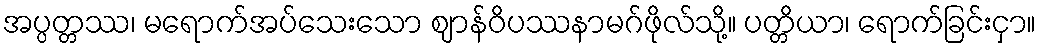
အပ္ပတ္တဿ၊ မရောက်အပ်သေးသော ဈာန်ဝိပဿနာမဂ်ဖိုလ်သို့။ ပတ္တိယာ၊ ရောက်ခြင်းငှာ။